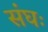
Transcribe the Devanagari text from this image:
संघः